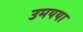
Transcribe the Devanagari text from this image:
उमयया